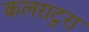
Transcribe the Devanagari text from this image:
कलराटुरा